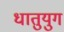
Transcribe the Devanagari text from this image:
धातुयुग